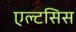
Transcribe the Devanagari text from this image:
एल्टसिस